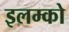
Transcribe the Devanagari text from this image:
इलम्को